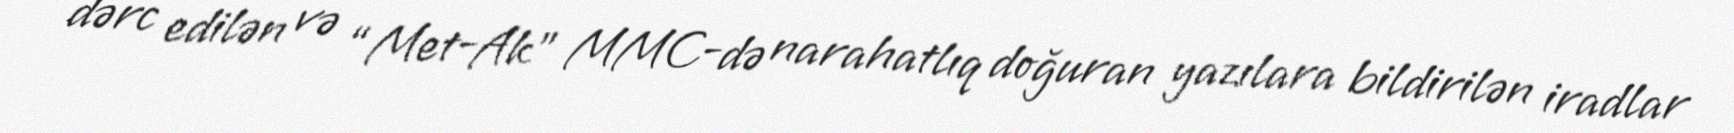
dərc edilən və “Met-Ak” MMC-də narahatlıq doğuran yazılara bildirilən iradlar